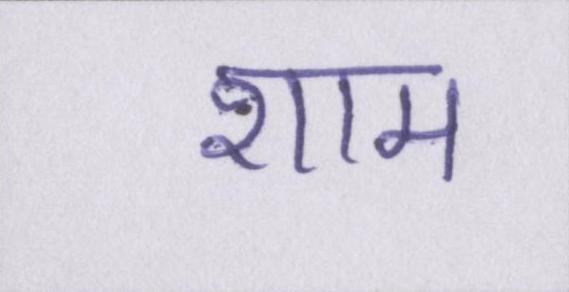
शाम